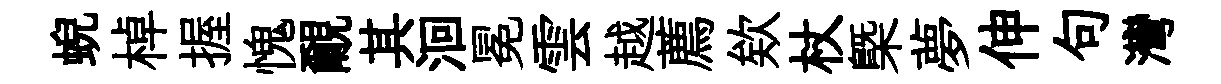
蜺棹握愧覼其洄冕雲越薦欸杖槩夢伸句灣